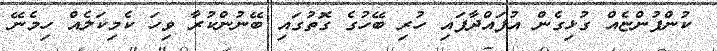
ކުންފުންޏެއް ގުޅިގެން އުފައްދާފައި ހުރި ބޭހުގެ ގޮތުގައި ބޭނުންކުރާ ވިހަ ކެމިކަލެއް ހިމެނޭ